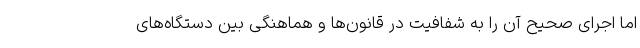
اما اجرای صحیح آن را به شفافیت در قانون‌ها و هماهنگی بین دستگاه‌های